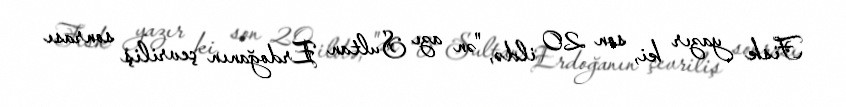
Fisk yazır ki, son 20 ildə, "ən azı Sultan Erdoğanın çevriliş sonrası